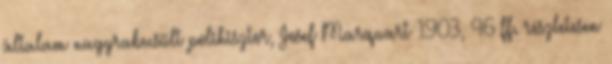
általam nagyrabecsült polihisztor, Josef Marquart 1903, 46 ff. részletesen